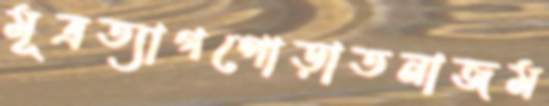
মূত্রত্যাগপোড়াতনাজম